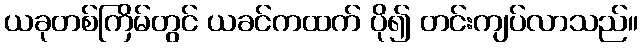
ယခုတစ်ကြိမ်တွင် ယခင်ကထက် ပို၍ တင်းကျပ်လာသည်။